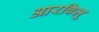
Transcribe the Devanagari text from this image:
आरबिज़ू